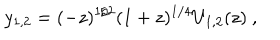
y _ { 1 , 2 } = ( - z ) ^ { 1 / 2 } ( 1 + z ) ^ { 1 / 4 } U _ { 1 , 2 } ( z ) \ ,